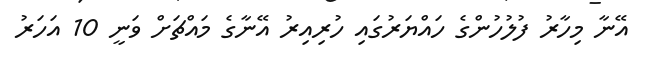
އޭނާ މިހާރު ފުލުހުންގެ ހައްޔަރުގައި ހުރިއިރު އޭނާގެ މައްޗަށް ވަނީ 10 އަހަރު